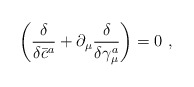
\begin{align*}\left( \frac \delta {\delta \bar{c}^a}+\partial _\mu \frac \delta {\delta\gamma _\mu ^a}\right) =0\,\,, \end{align*}